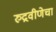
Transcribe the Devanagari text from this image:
रुद्रवीणेचा